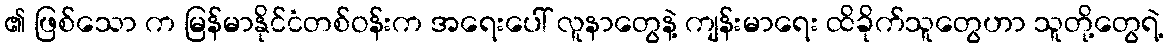
၏ ဖြစ်သော က မြန်မာနိုင်ငံတစ်ဝန်းက အရေးပေါ် လူနာတွေနဲ့ ကျန်းမာရေး ထိခိုက်သူတွေဟာ သူတို့တွေရဲ့